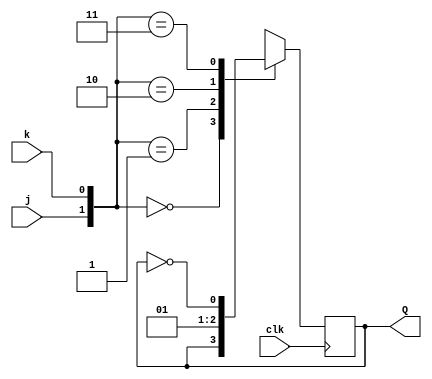
module top_module (
    input clk,
    input j,
    input k,
    output reg Q); 

    always @(posedge clk)
        case({j,k})
            2'b00 : Q <= Q;
            2'b01 : Q <= 0;
            2'b10 : Q <= 1;
            2'b11 : Q <= ~Q;
            default : Q <= Q;
        endcase
    
endmodule